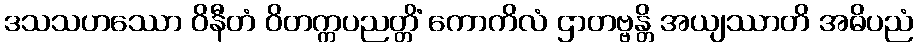
ဒသသဟဿော ဝိနီတံ ဝိတက္ကပညတ္တိံ ကောကိလံ ဌာတဗ္ဗန္တိ အယျဿာတိ အဓိပညံ